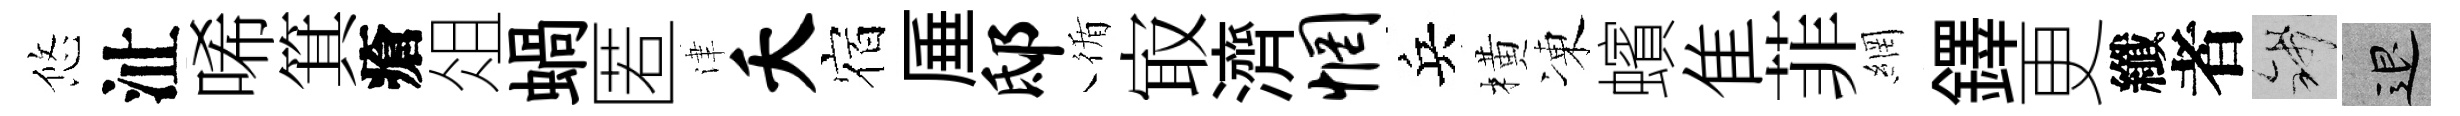
悠沚唏箕瘡俎蝸匿津夭宿厜邸循㝡濟惘兵橫凍蠙隹菲網鐸更纖者錢退